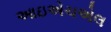
આઇએચએલ